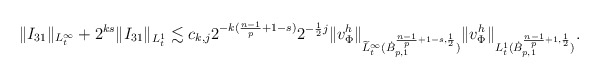
\begin{align*}&\|I_{31}\|_{L^\infty_t}+ 2^{ks}\|I_{31}\|_{L^1_t}\lesssim c_{k,j}2^{-k(\frac{n-1}{p}+1-s)}2^{-\frac{1}{2}j}\|v^h_\Phi\|_{\widetilde{L}_t^\infty(\dot{B}_{p,1}^{\frac{n-1}{p}+1-s,\frac{1}{2}})}\|v^h_\Phi\|_{L_t^1(\dot{B}_{p,1}^{\frac{n-1}{p}+1,\frac{1}{2}})}.\end{align*}